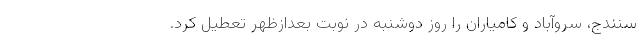
سنندج، سروآباد و کامیاران را روز دوشنبه در نوبت بعدازظهر تعطیل کرد.